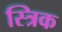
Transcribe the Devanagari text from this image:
स्त्रिक